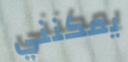
يمكنني